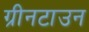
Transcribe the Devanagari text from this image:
ग्रीनटाउन